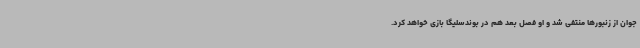
جوان از زنبورها منتفی شد و او فصل بعد هم در بوندسلیگا بازی خواهد کرد.